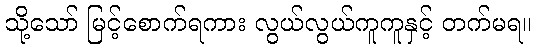
သို့သော် မြင့်စောက်ရကား လွယ်လွယ်ကူကူနှင့် တက်မရ။